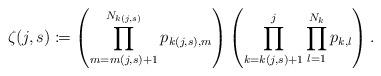
LaTeX: \begin{align*}\zeta(j,s) \coloneqq \left(\prod_{m = m(j,s) +1}^{N_{k(j,s)}} p_{k(j,s),m}\right)\left(\prod_{k = k(j,s) +1}^j \prod_{l = 1}^{N_k} p_{k,l}\right).\end{align*}